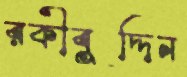
রকীবুদ্দিন